Jaan_Tonisson_(Lasteleht), lk 253
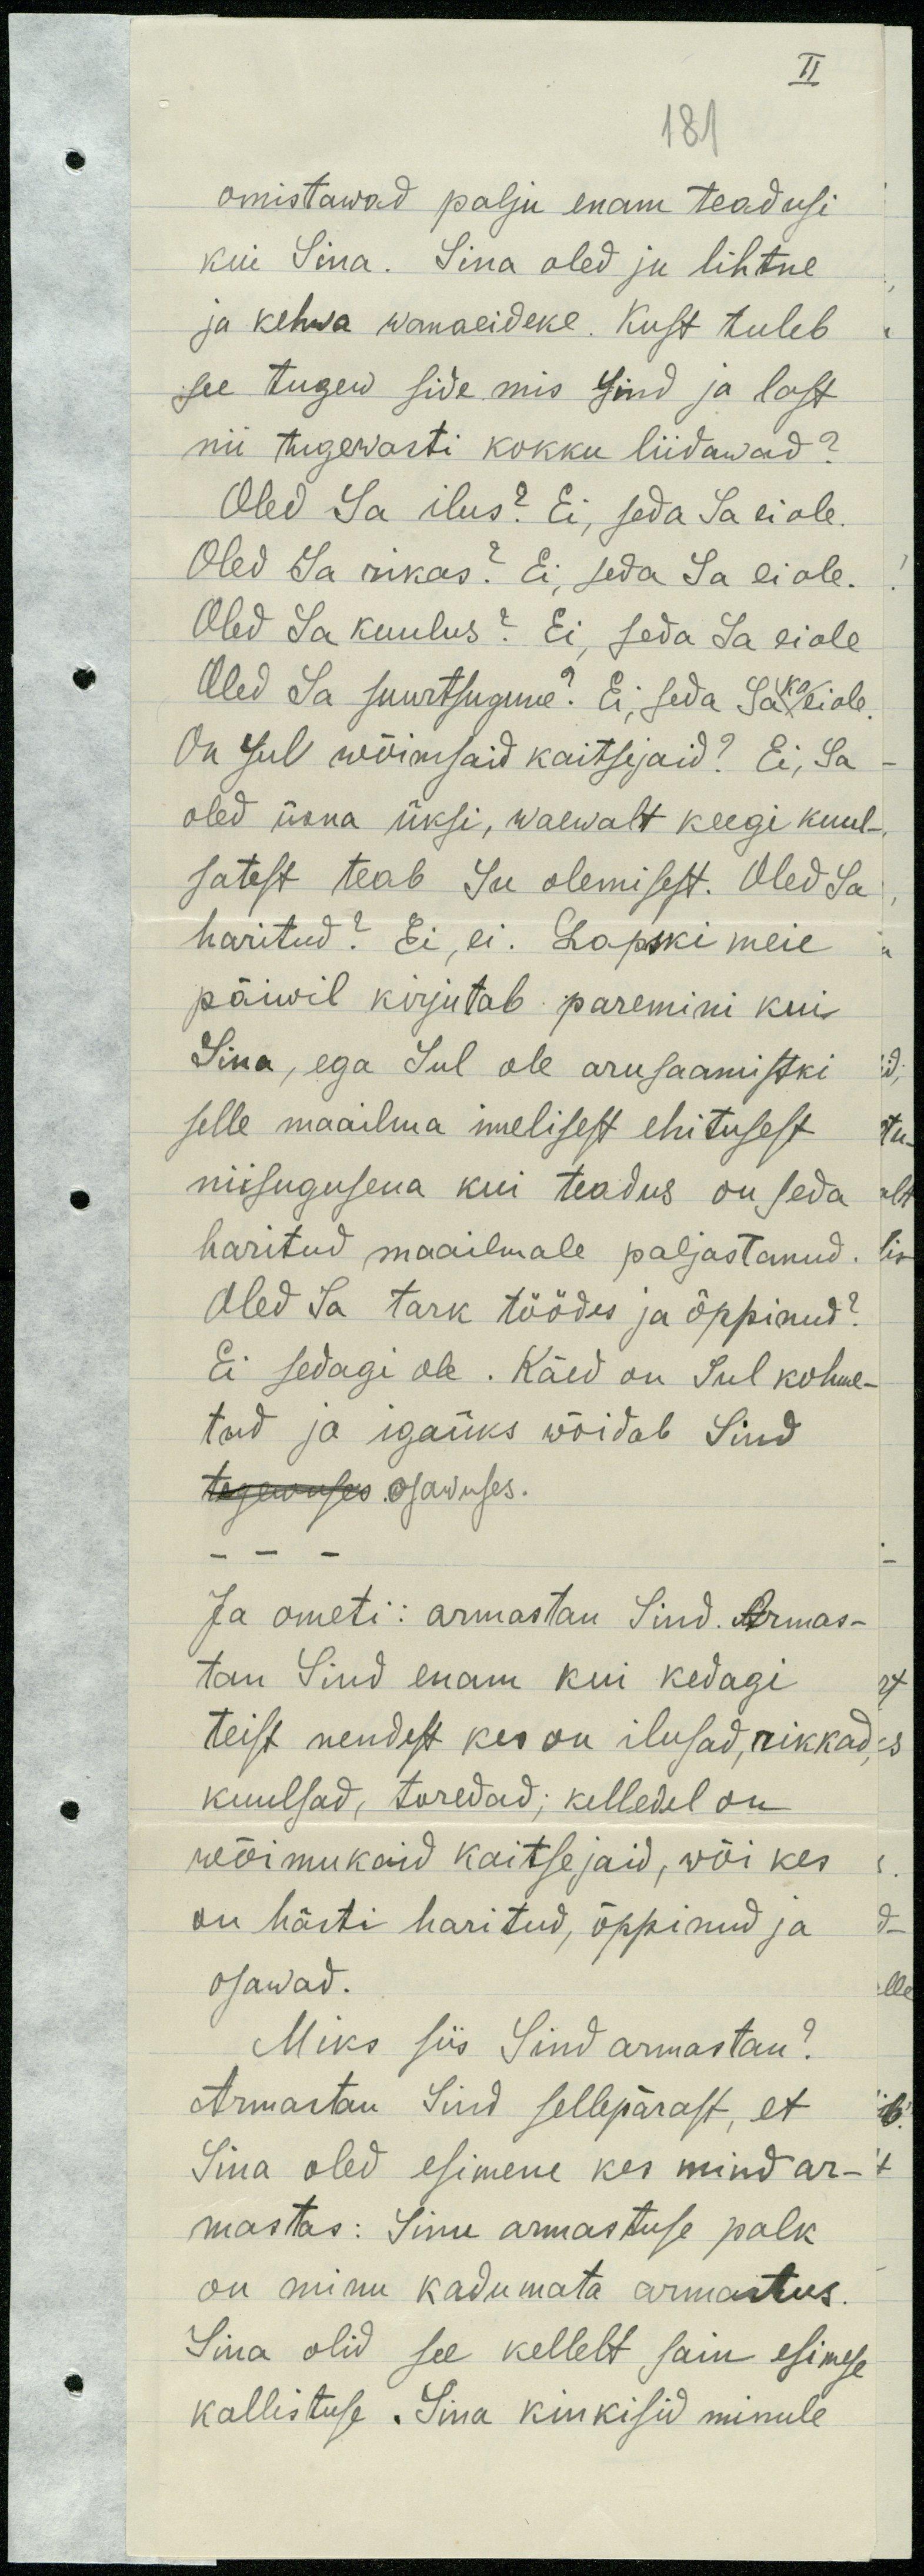
II
181
omistawad palju enam teadusi
kui Sina. Sina oled ju lihtne
ja kehwa wanaeideke. Kust tuleb
see tugew side mis sind ja last
nii tugewasti kokku liidawad?
Oled Sa ilus? Ei, seda Sa ei ole.
Oled Sa rikas? Ei, seda Sa ei ole.
Oled Sa kuulus? Ei, seda Sa ei ole
Oled Sa suurtsugune? Ei, seda Sa ka ei ole
On sul wõimsaid kaitsejaid? Ei, Sa
oled üsna üksi, waewalt keegi kuul-
satest teab Su olemisest. Oled Sa
haritud? Ei, ei. Lapski meie
päiwil kirjutab paremini kui
Sina, ega Sul ole arusaamistki
selle maailma imelisest ehitusest
niisugusena kui teadus on seda
haritud maailmale paljastanud. Ei
Oled Sa tark töödes ja õppinud?
Ei sedagi ole. Käed on sul kohme-
tud ja igaüks wõidab Sind
tegewuses osawuses.
- - -
Ja ometi: armastan Sind. Armas-
tan Sind enam kui kedagi
teist nendest kes on ilusad, rikkad
kuulsad, toredad; kelledel on
wõimukaid kaitsejaid, wõi kes
on hästi haritud, õppinud ja
osawad.
Miks siis Sind armastan?
Armastan Sind sellepärast, et
Sina oled esimene kes mind ar-
mastas: Sinu armastuse palk
on minu kadumata armastus
Sina olid see kellelt sain esimese
kallistuse. Sina kinkisid minule